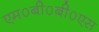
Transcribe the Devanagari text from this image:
एम०बी०बी०एस